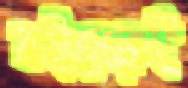
বইয়েরই